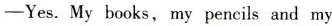
-Yes. My books, my pencils and my